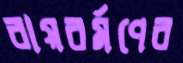
রায়বর্মণের